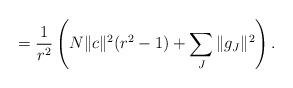
LaTeX: \begin{align*}=\frac{1}{r^2}\left( N\|c\|^2(r^2-1)+\sum_J\|g_J\|^2 \right).\end{align*}